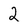
Character: 2